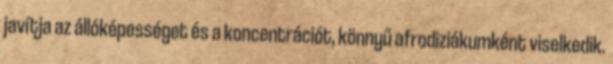
javítja az állóképességet és a koncentrációt, könnyű afrodiziákumként viselkedik.